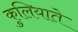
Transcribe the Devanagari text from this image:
कुलियाते